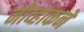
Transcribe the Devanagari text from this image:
नोव्हाकने